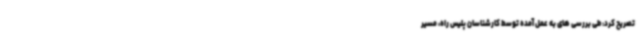
تصریح کرد: طی بررسی های به عمل آمده توسط کارشناسان پلیس راه، مسیر